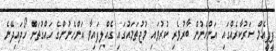
ޕީޕީއެމް ސަރުކާރެއްގައި އަންހެނުން ބާރުވެރި ކުރުވައި މުޖުތަމައުގައި ގެއްލިފައިވާ އަންހެނުންގެ ހައްގުތަށް ހޯދައިދޭނެ